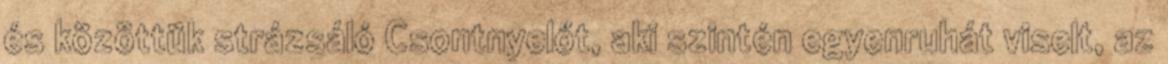
és közöttük strázsáló Csontnyelőt, aki szintén egyenruhát viselt, az